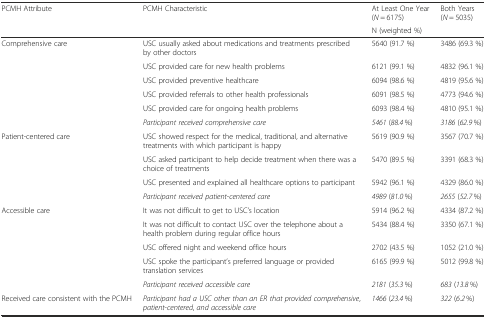
<table><thead><tr><td rowspan="2"><b>PCMH Attribute</b></td><td rowspan="2"><b>PCMH Characteristic</b></td><td><b>At Least One Year (<i>N</i> = 6175)</b></td><td><b>Both Years (<i>N</i> = 5035)</b></td></tr><tr><td colspan="2"><b>N (weighted %)</b></td></tr></thead><tbody><tr><td rowspan="6">Comprehensive care</td><td>USC usually asked about medications and treatments prescribed by other doctors</td><td>5640 (91.7 %)</td><td>3486 (69.3 %)</td></tr><tr><td>USC provided care for new health problems</td><td>6121 (99.1 %)</td><td>4832 (96.1 %)</td></tr><tr><td>USC provided preventive healthcare</td><td>6094 (98.6 %)</td><td>4819 (95.6 %)</td></tr><tr><td>USC provided referrals to other health professionals</td><td>6091 (98.5 %)</td><td>4773 (94.6 %)</td></tr><tr><td>USC provided care for ongoing health problems</td><td>6093 (98.4 %)</td><td>4810 (95.1 %)</td></tr><tr><td><i>Participant received comprehensive care</i></td><td><i>5461</i> (<i>88.4</i> %)</td><td><i>3186</i> (<i>62.9</i> %)</td></tr><tr><td rowspan="4">Patient-centered care</td><td>USC showed respect for the medical, traditional, and alternative treatments with which participant is happy</td><td>5619 (90.9 %)</td><td>3567 (70.7 %)</td></tr><tr><td>USC asked participant to help decide treatment when there was a choice of treatments</td><td>5470 (89.5 %)</td><td>3391 (68.3 %)</td></tr><tr><td>USC presented and explained all healthcare options to participant</td><td>5942 (96.1 %)</td><td>4329 (86.0 %)</td></tr><tr><td><i>Participant received patient</i>-<i>centered care</i></td><td><i>4989</i> (<i>81.0</i> %)</td><td><i>2655</i> (<i>52.7</i> %)</td></tr><tr><td rowspan="5">Accessible care</td><td>It was not difficult to get to USC’s location</td><td>5914 (96.2 %)</td><td>4334 (87.2 %)</td></tr><tr><td>It was not difficult to contact USC over the telephone about a health problem during regular office hours</td><td>5434 (88.4 %)</td><td>3350 (67.1 %)</td></tr><tr><td>USC offered night and weekend office hours</td><td>2702 (43.5 %)</td><td>1052 (21.0 %)</td></tr><tr><td>USC spoke the participant’s preferred language or provided translation services</td><td>6165 (99.9 %)</td><td>5012 (99.8 %)</td></tr><tr><td><i>Participant received accessible care</i></td><td><i>2181</i> (<i>35.3</i> %)</td><td><i>683</i> (<i>13.8</i> %)</td></tr><tr><td>Received care consistent with the PCMH</td><td><i>Participant had a USC other than an ER that provided comprehensive</i>, <i>patient</i>-<i>centered</i>, <i>and accessible care</i></td><td><i>1466</i> (<i>23.4</i> %)</td><td><i>322</i> (<i>6.2</i> %)</td></tr></tbody></table>